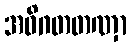
အဝိဂတတဏှာ